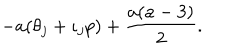
- a ( \theta _ { j } + \iota _ { j } p ) + \frac { a ( a - 3 ) } { 2 } .